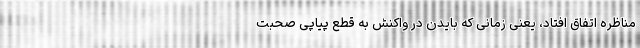
مناظره اتفاق افتاد، یعنی زمانی که بایدن در واکنش به قطع پیاپی صحبت